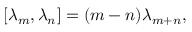
[ \lambda _ { m } , \lambda _ { n } ] = ( m - n ) \lambda _ { m + n } ,